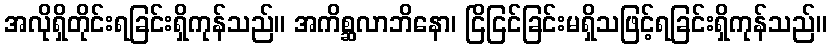
အလိုရှိတိုင်းရခြင်းရှိကုန်သည်။ အကိစ္ဆလာဘိနော၊ ငြိငြင်ခြင်းမရှိသဖြင့်ရခြင်းရှိကုန်သည်။